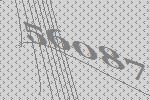
56087